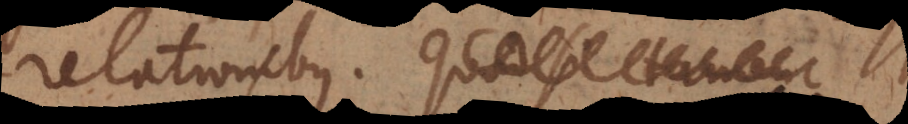
relationibus. Quod